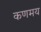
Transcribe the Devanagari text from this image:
कणमय